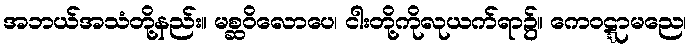
အဘယ်အသံတို့နည်း။ မစ္ဆဝိလောပေ၊ ငါးတို့ကိုလုယက်ရာ၌။ ကေဝဋ္ဋာမညေ၊